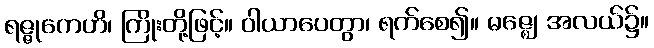
ရဇ္ဇုကေဟိ၊ ကြိုးတို့ဖြင့်။ ဝါယာပေတွာ၊ ရက်စေ၍။ မဇ္ဈေ၊ အလယ်၌။